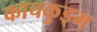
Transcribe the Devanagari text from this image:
काचकुड्म